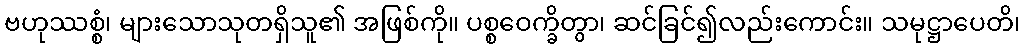
ဗဟုဿစ္စံ၊ များသောသုတရှိသူ၏ အဖြစ်ကို။ ပစ္စဝေက္ခိတွာ၊ ဆင်ခြင်၍လည်းကောင်း။ သမုဋ္ဌာပေတိ၊